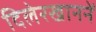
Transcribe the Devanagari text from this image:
दिलेरखाननें